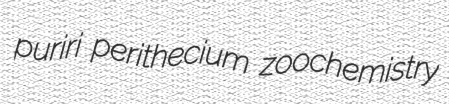
puriri perithecium zoochemistry